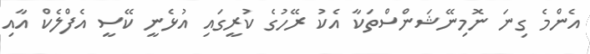
އެންމެ ގިނަ ނޮމިނޭޝަންސްތަކާ އެކު ރޭހުގެ ކުރީގައި އުޅެނީ ކޭސީ އެފްލެކް އާއި